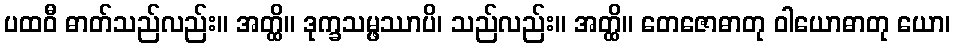
ပထဝီ ဓာတ်သည်လည်း။ အတ္ထိ။ ဒုက္ခသမ္ဖဿာပိ၊ သည်လည်း။ အတ္ထိ။ တေဇောဓာတု ဝါယောဓာတု ယော၊